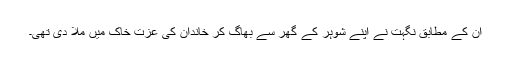
ان کے مطابق نگہت نے اپنے شوہر کے گھر سے بھاگ کر خاندان کی عزت خاک میں ملا دی تھی۔